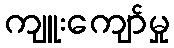
ကျူးကျော်မှု